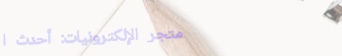
متجر الإلكترونيات: أحدث ا